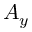
A _ { y }